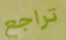
تراجع